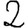
Digit: 2